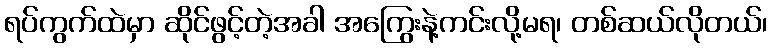
ရပ်ကွက်ထဲမှာ ဆိုင်ဖွင့်တဲ့အခါ အကြွေးနဲ့ကင်းလို့မရ၊ တစ်ဆယ်လိုတယ်၊